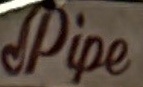
Pipe